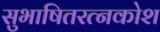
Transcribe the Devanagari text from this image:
सुभाषितरत्नकोश